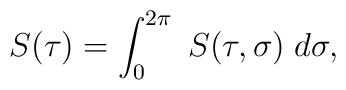
S(\tau)=\int_0^{2\pi}\;S(\tau,\sigma)\;d\sigma,